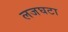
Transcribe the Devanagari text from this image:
लजघटा